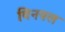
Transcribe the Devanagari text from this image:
विनयल